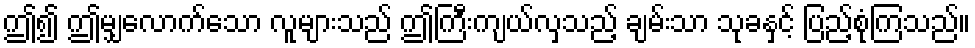
ဤ၍ ဤမျှလောက်သော လူများသည် ဤကြီးကျယ်လှသည့် ချမ်းသာ သုခနှင့် ပြည့်စုံကြသည်။